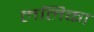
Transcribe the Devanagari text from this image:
ललिका